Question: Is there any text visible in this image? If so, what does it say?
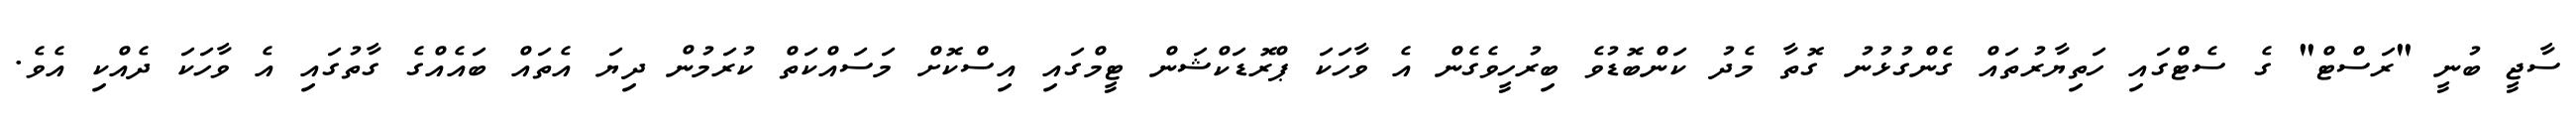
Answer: ސާޖީ ބުނީ "ރަސްޓް" ގެ ސެޓްގައި ހަތިޔާރުތައް ގެންގުޅުނު ގޮތާ މެދު ކަންބޮޑުވެ ބިރުހީވެގެން އެ ވާހަކަ ޕްރޮޑަކްޝަން ޓީމްގައި އިސްކޮށް މަސައްކަތް ކުރަމުން ދިޔަ އެތައް ބައެއްގެ ގާތުގައި އެ ވާހަކަ ދެއްކި އެވެ.